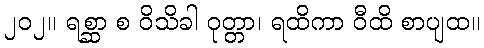
၂၀၂။ ရစ္ဆာ စ ဝိသိခါ ဝုတ္တာ၊ ရထိကာ ဝီထိ စာပျထ။